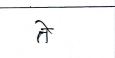
मजकूर: ते